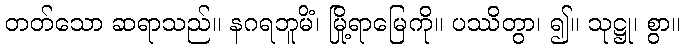
တတ်သော ဆရာသည်။ နဂရဘူမိံ၊ မြို့ရာမြေကို။ ပဿိတွာ၊ ၍။ သုဋ္ဌု၊ စွာ။